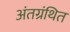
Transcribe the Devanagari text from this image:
अंतग्रंथित